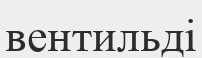
вентильді